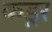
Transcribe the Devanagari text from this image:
कडूर